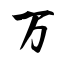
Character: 万